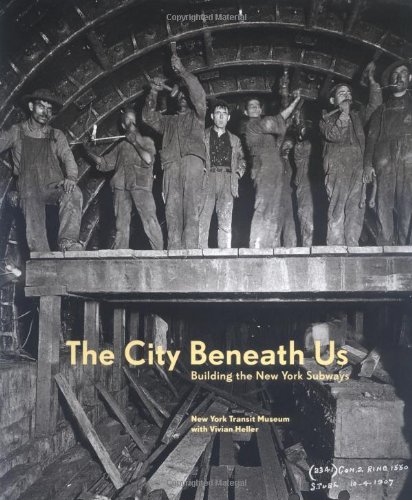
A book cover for The City Beneath Us: Building the New York Subway; New York Transit Museum; Engineering & Transportation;